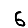
Digit: 6